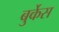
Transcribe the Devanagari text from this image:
बुर्केस